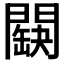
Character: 𨶏